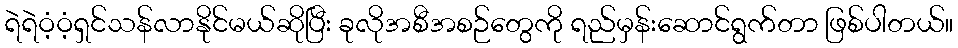
ရဲရဲဝံ့ဝံ့ရှင်သန်လာနိုင်မယ်ဆိုပြီး ခုလိုအစီအစဉ်တွေကို ရည်မှန်းဆောင်ရွက်တာ ဖြစ်ပါတယ်။